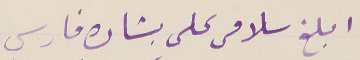
ابلغ سلامى على بشاره فارس